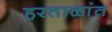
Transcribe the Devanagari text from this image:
हरताळांत